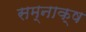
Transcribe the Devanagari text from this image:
सम्नाक्ष